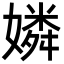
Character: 嫾